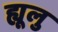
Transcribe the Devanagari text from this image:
ह्यूलु